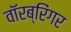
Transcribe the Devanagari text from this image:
वॉरब्रिंगर